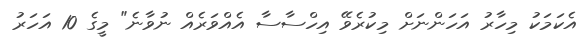
އެކަމަކު މިހާރު އަހަންނަށް މިކުރެވޭ އިހްސާސާ އެއްވަރެއް ނުވާނެ" މީގެ 10 އަހަރު